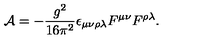
{ \cal A } = - { \frac { g ^ { 2 } } { 1 6 \pi ^ { 2 } } } \epsilon _ { \mu \nu \rho \lambda } F ^ { \mu \nu } F ^ { \rho \lambda } .